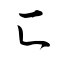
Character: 匚